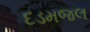
દડમજલ